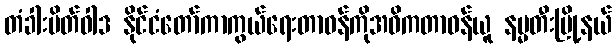
တံခါးပိတ်ဝါဒ နိုင်ငံတော်ကာကွယ်ရေးတာဝန်ကိုအဓိကတာဝန်ယူ နမ္မတီးမြို့နယ်